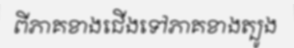
ពីភាគខាងជើងទៅភាគខាងត្បូង